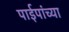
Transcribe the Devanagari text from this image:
पाईपांच्या